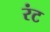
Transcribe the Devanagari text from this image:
रंट